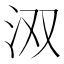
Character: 𮳄